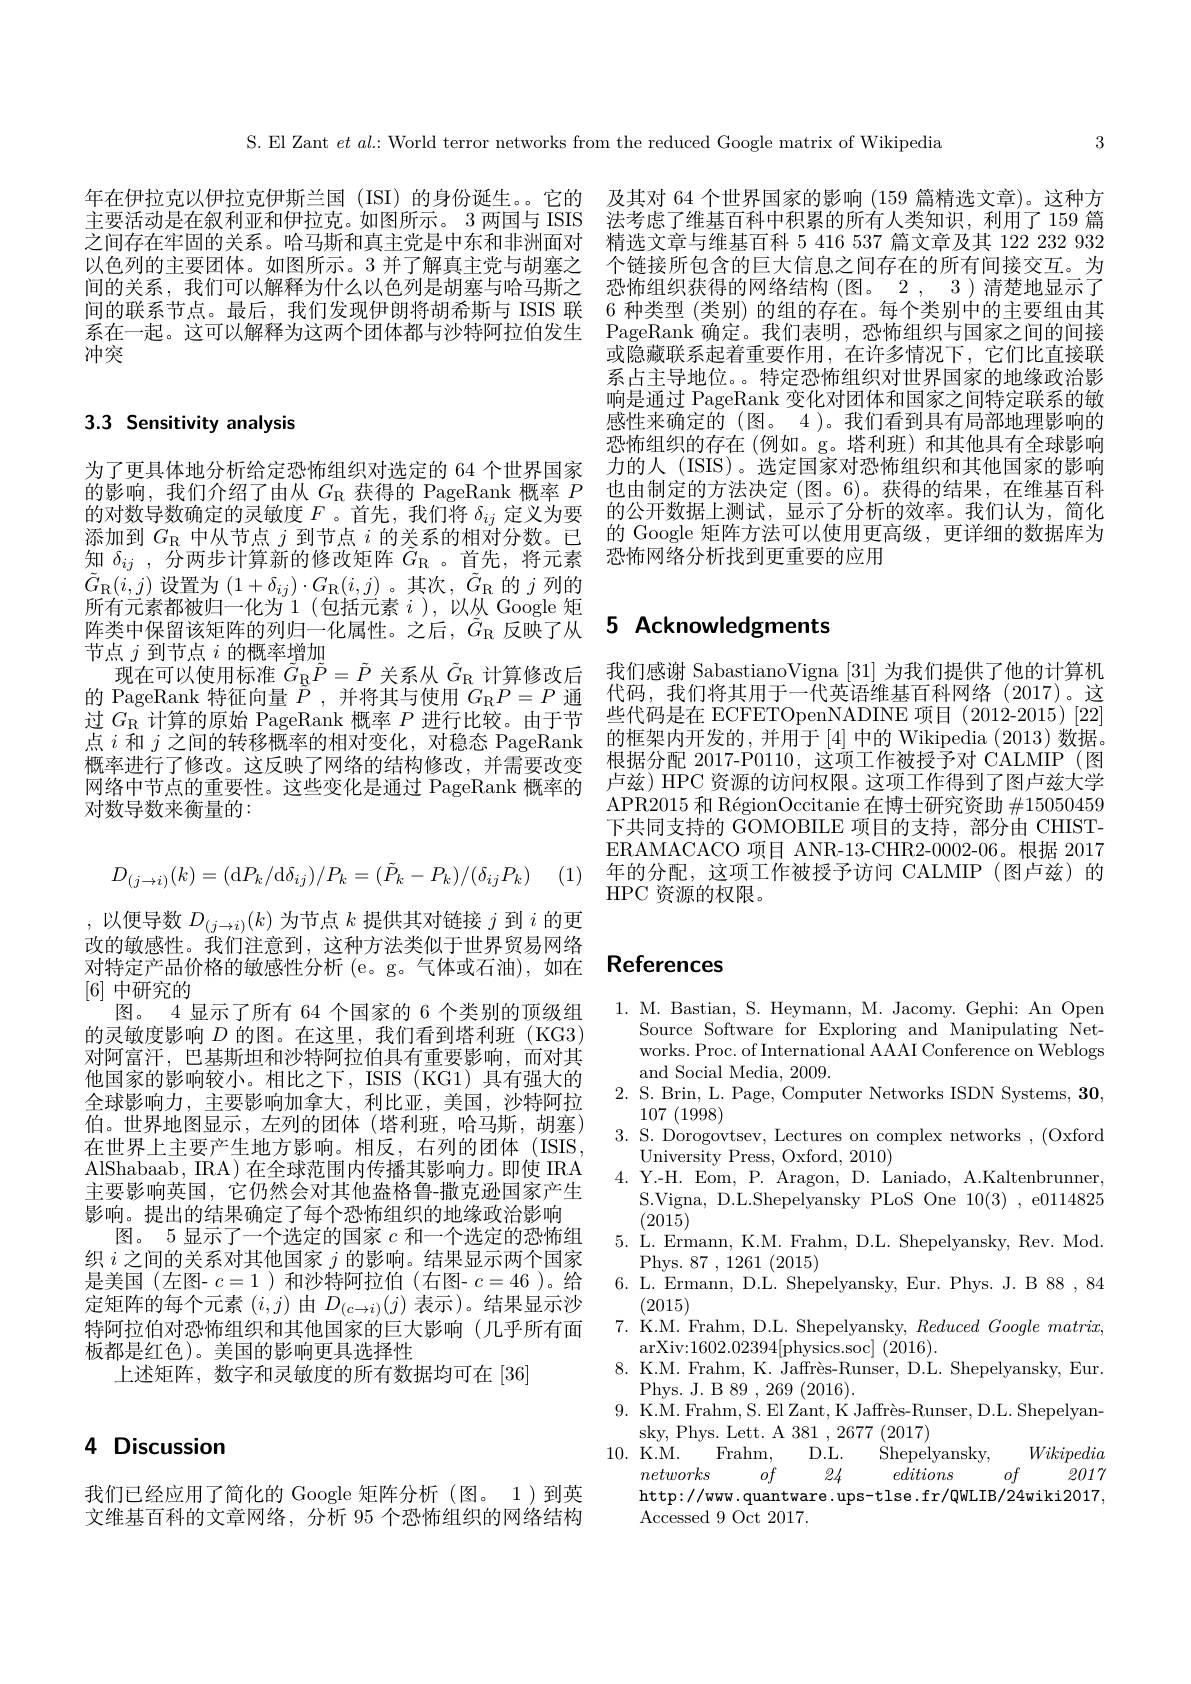
3

S. El Zant $et$ al: World terror networks from the reduced Google matrix of Wikipedia

年在伊拉克以伊拉克伊斯兰国 (ISI) 的身份诞生。。它的 及其对 64 个世界国家的影响 (159 篇精选文章)。这种方主要活动是在叙利亚和伊拉克。如图所示。3 两国与 ISIS 法考虑了维基百科中积累的所有人类知识，利用了 159 篇之间存在牢固的关系。哈马斯和真主党是中东和非洲面对 精选文章与维基百科 5 416 537 篇文章及其 122 232 932以色列的主要团体。如图所示。3 并了解真主党与胡塞之 个链接所包含的巨大信息之间存在的所有间接交互。为间的关系，我们可以解释为什么以色列是胡塞与哈马斯之 恐怖组织获得的网络结构 (图。2, 3)清楚地显示了间的联系节点。最后，我们发现伊朗将胡希斯与 ISIS 联 6 种类型 (类别) 的组的存在。每个类别中的主要组由其系在一起。这可以解释为这两个团体都与沙特阿拉伯发生 PageRank 确定。我们表明，恐怖组织与国家之间的间接冲突

或隐藏联系起着重要作用，在许多情况下，它们比直接联系占主导地位。。特定恐怖组织对世界国家的地缘政治影响是通过 PageRank 变化对团体和国家之间特定联系的敏感性来确定的(图。4)。我们看到具有局部地理影响的恐怖组织的存在(例如。g。塔利班)和其他具有全球影响力的人 (ISIS)。选定国家对恐怖组织和其他国家的影响也由制定的方法决定 (图。6)。获得的结果，在维基百科
的对数导数确定的灵敏度$F$ 。首先，我们将$\delta_{ij}$定义为要 的公开数据上测试，显示了分析的效率。我们认为，简化添加到$G_{\mathbb{R}}$中从节点$j$到节点$i$的关系的相对分数。已 的 Google 矩阵方法可以使用更高级，更详细的数据库为知$\delta_{ij}$ ,分两步计算新的修改矩阵$\tilde{G}_\mathrm{R}$ 。首先，将元素 恐怖网络分析找到更重要的应用

# 3.3 Sensitivity analysis

# 阵类中保留该矩阵的列归一化属性。之后，$\tilde{G}_{\mathrm{R}}$反映了从 5 Acknowledgments

为了更具体地分析给定恐怖组织对选定的 64 个世界国家的影响，我们介绍了由从$G_\mathrm{R}$获得的 PageRank 概率$P$ $\tilde{G}_{\mathrm{R}}(i,j)$设置为$(1+\delta_{ij})\cdot G_{\mathrm{R}}(i,j)$。其次，$\tilde{G}_{\mathrm{R}}$的$j$列的所有元素都被归一化为 1(包括元素$i$ ), 以从 Google 矩节点$j$到节点$i$的概率增加
现在可以使用标准$\tilde{G}_{\mathbb{R}}\tilde{P}=\tilde{P}$关系从$\tilde{G}_{\mathbb{R}}$计算修改后 我们感谢 SabastianoVigna [31]为我们提供了他的计算机
的 PageRank 特征向量$\tilde{P}$ ,并将其与使用$G_\mathrm{R}P=P$通过$G_{\mathrm{R}}$计算的原始 PageRank 概率$P$进行比较。由于节点$i$和$j$之间的转移概率的相对变化，对稳态 PageRank 概率进行了修改。这反映了网络的结构修改，并需要改变网络中节点的重要性。这些变化是通过 PageRank 概率的对数导数来衡量的：

代码，我们将其用于一代英语维基百科网络(2017)。这些代码是在 ECFETOpenNADINE 项目 (2012-2015)[22] 的框架内开发的，并用于[4]中的 Wikipedia (2013)数据。根据分配 2017-P0110, 这项工作被授予对 CALMIP (图卢兹) HPC 资源的访问权限。这项工作得到了图卢兹大学APR2015 和 RégionOccitanie 在博士研究资助$\#15050459$ 下共同支持的 GOMOBILE 项目的支持，部分由 CHISTERAMACACO 项目 ANR-13-CHR2-0002-06。根据 2017年的分配，这项工作被授予访问 CALMIP (图卢兹)的HPC 资源的权限。
$$D_{(j\to i)}(k)=(\mathrm dP_k/\mathrm d\delta_{ij})/P_k=(\tilde P_k-P_k)/(\delta_{ij}P_k)$$
(1)

# 对特定产品价格的敏感性分析 (e。g。气体或石油),如在 References

,以便导数$D_(j\to i)(k)$为节点$k$提供其对链接$j$到$i$的更改的敏感性。我们注意到，这种方法类似于世界贸易网络[6]中研究的
图。4 显示了所有 64 个国家的 6 个类别的顶级组的灵敏度影响$D$的图。在这里，我们看到塔利班(KG3) 对阿富汗，巴基斯坦和沙特阿拉伯具有重要影响，而对其他国家的影响较小。相比之下，ISIS(KG1)具有强大的全球影响力，主要影响加拿大，利比亚，美国，沙特阿拉伯。世界地图显示，左列的团体(塔利班，哈马斯，胡塞) 在世界上主要产生地方影响。相反，右列的团体(ISIS, AlShabaab, IRA) 在全球范围内传播其影响力。即使 IRA 主要影响英国，它仍然会对其他盎格鲁-撒克逊国家产生影响。提出的结果确定了每个恐怖组织的地缘政治影响
图。5 显示了一个选定的国家$c$和一个选定的恐怖组织$i$之间的关系对其他国家$j$的影响。结果显示两个国家是美国(左图- $c=1$ )和沙特阿拉伯(右图- $c=46$ )。给定矩阵的每个元素$(i,j)$由$D_(c\to i)(j)$表示)。结果显示沙特阿拉伯对恐怖组织和其他国家的巨大影响(几乎所有面板都是红色)。美国的影响更具选择性
上述矩阵，数字和灵敏度的所有数据均可在[36]

1. M. Bastian, S. Heymann, M. Jacomy. Gephi: An Open
Source Software for Exploring and Manipulating Networks. Proc. of International AAAI Conference on Weblogs and Social Media, 2009.
2. S. Brin, L. Page, Computer Networks ISDN Systems, 30,
107 (1998)
3. S. Dorogovtsev, Lectures on complex networks , (Oxford
$\bar{\text{University Press, Oxford, 2010}}$
4.Y.-H. Eom, P. Aragon, D. Laniado, A.Kaltenbrunner,
S.Vigna, D.L.Shepelyansky PLoS One 10(3) , e0114825
(2015)
5. L. Ermann, K.M. Frahm, D.L. Shepelyansky, Rev. Mod.
Phys. 87 ,1261 (2015)
6. L. Ermann, D.L. Shepelyansky, Eur. Phys. J. B 88 , 84
(2015)
7. K.M. Frahm, D.L. Shepelyansky, $Reduced\textit{Google matri}x$,
arXiv:1602.02394[physics.soc](2016).
8. K.M. Frahm, K. Jaffrès-Runser, D.L. Shepelyansky, Eur.
Phys. J. B 89 , 269 (2016).
9. K.M. Frahm, S. El Zant, K Jaffrès-Runser, D.L. Shepelyan-
sky, Phys. Lett. A 381 , 2677 (2017)
$D.L.$
Wikipedia
10.K. M.
Frahm,
Shepelyansky,
-24
2017
networks
$of$
editions
$of$
http://www.quantware.ups-tlse.fr/QWLIB/24wiki2017,
Accessed 9 Oct 2017.

4 Discussion

我们已经应用了简化的 Google 矩阵分析(图。1)到英文维基百科的文章网络，分析 95 个恐怖组织的网络结构